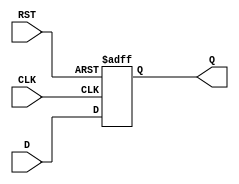
module stage_register #(
    parameter WIDTH = 8   // Parameter to define the width of the data input/output
)(
    input  wire [WIDTH-1:0] D,    // Data input
    input  wire CLK,                // Clock signal
    input  wire RST,                // Reset signal
    output reg  [WIDTH-1:0] Q       // Data output
);

// Asynchronous reset and capturing data on rising edge of clock
always @(posedge CLK or posedge RST) begin
    if (RST) begin
        Q <= {WIDTH{1'b0}};         // Clear output to zero on reset
    end else begin
        Q <= D;                     // Capture input data on clock edge
    end
end

endmodule